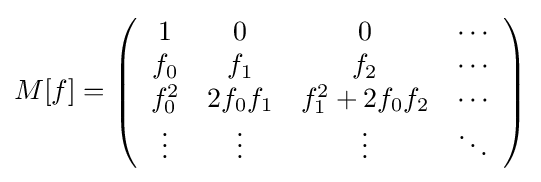
M[f]=\left({\begin{array}{cccc}1&0&0&\cdots \\f_{0}&f_{1}&f_{2}&\cdots \\f_{0}^{2}&2f_{0}f_{1}&f_{1}^{2}+2f_{0}f_{2}&\cdots \\\vdots &\vdots &\vdots &\ddots \end{array}}\right)